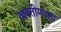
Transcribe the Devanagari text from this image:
व्यक्तीमधला